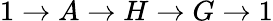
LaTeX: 1\to A\to H\to G\to 1